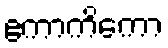
ဧကာကိကော